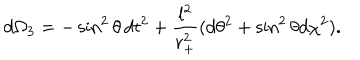
LaTeX: d \Omega _ { 3 } = - \sin ^ { 2 } { \theta } \, d t ^ { 2 } + \frac { l ^ { 2 } } { r _ { + } ^ { 2 } } ( d \theta ^ { 2 } + \sin ^ { 2 } { \theta } d \chi ^ { 2 } ) .